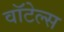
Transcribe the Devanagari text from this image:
वॉटेल्स